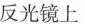
反光镜上